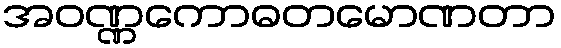
အဝဏ္ဏကောဓတမောဏတာ